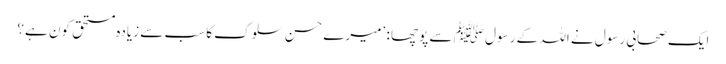
ایک صحابی رسول نے اللہ کے رسول ﷺ سے پوچھا : ’میرے حسن سلوک کا سب سے زیادہ مستحق کون ہے؟